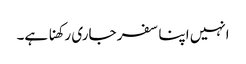
انہیں اپنا سفر جاری رکھنا ہے۔